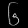
Digit: ၆